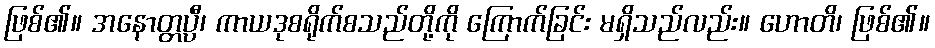
ဖြစ်၏။ အနောတ္တပ္ပီ၊ ကာယဒုစရိုက်စသည်တို့ကို ကြောက်ခြင်း မရှိသည်လည်း။ ဟောတိ၊ ဖြစ်၏။